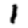
Digit: 1